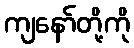
ကျနော်တို့ကို